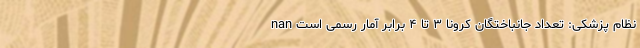
نظام پزشکی: تعداد جانباختگان کرونا ۳ تا ۴ برابر آمار رسمی است nan